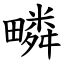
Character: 疄